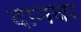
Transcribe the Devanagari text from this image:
दानवा